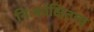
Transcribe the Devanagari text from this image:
निःकांक्षितत्त्व